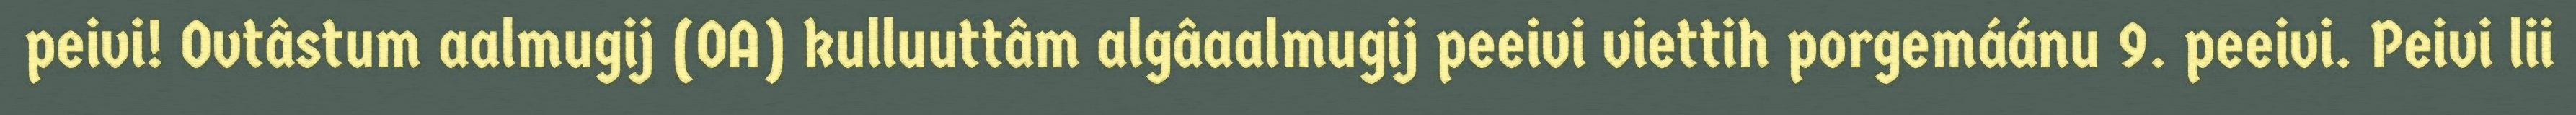
peivi! Ovtâstum aalmugij (OA) kulluuttâm algâaalmugij peeivi viettih porgemáánu 9. peeivi. Peivi lii